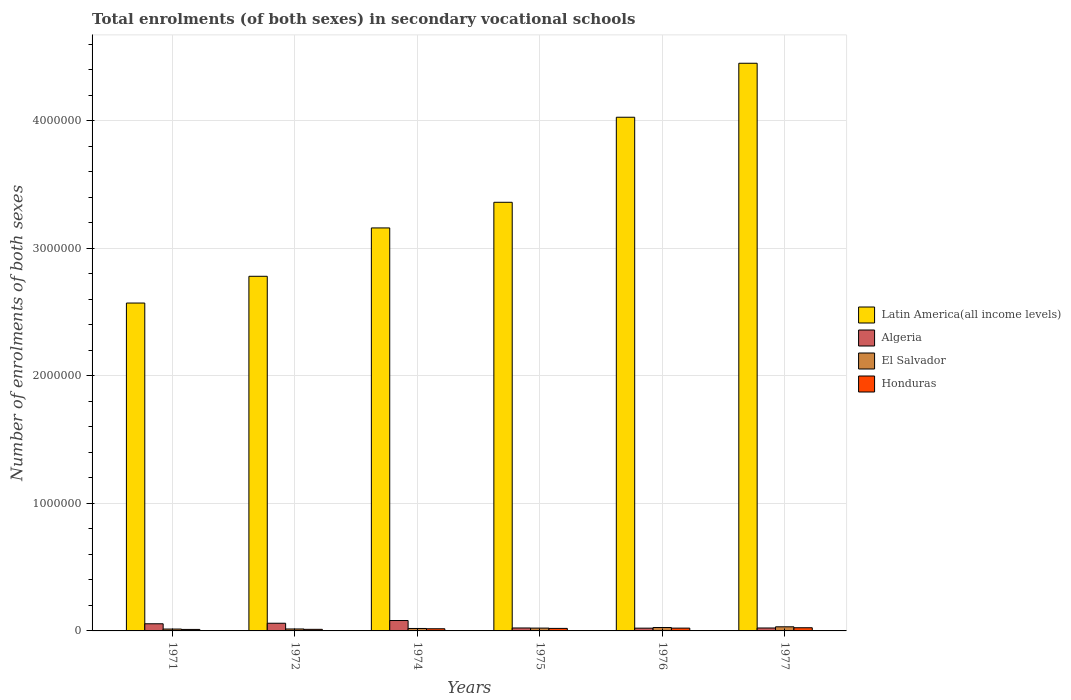
| Years | Latin America(all income levels) | Algeria | El Salvador | Honduras |
 | --- | --- | --- | --- | --- |
 | 1971 | 2.57e+06 | 5.61e+04 | 1.47e+04 | 1.16e+04 |
 | 1972 | 2.78e+06 | 6.02e+04 | 1.52e+04 | 1.25e+04 |
 | 1974 | 3.16e+06 | 8.15e+04 | 1.91e+04 | 1.7e+04 |
 | 1975 | 3.36e+06 | 2.31e+04 | 2.22e+04 | 1.97e+04 |
 | 1976 | 4.03e+06 | 2.16e+04 | 2.66e+04 | 2.2e+04 |
 | 1977 | 4.45e+06 | 2.3e+04 | 3.22e+04 | 2.49e+04 |